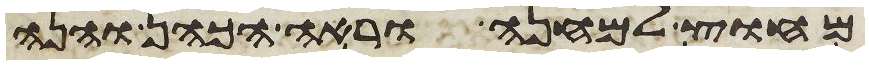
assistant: מחוץ למחנה וראה הכהן והנה